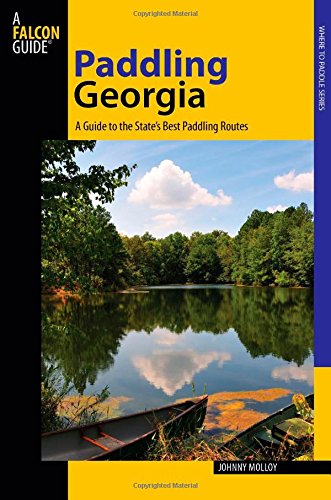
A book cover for Paddling Georgia: A Guide To The State's Best Paddling Routes (Paddling Series); Johnny Molloy; Travel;